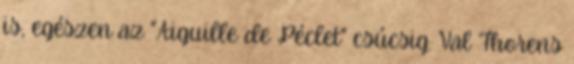
is, egészen az "Aiguille de Péclet" csúcsig. Val Thorens